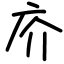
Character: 庎